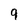
Character: 9